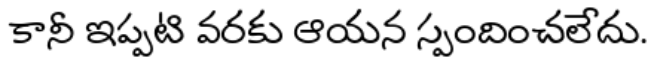
కానీ ఇప్పటి వరకు ఆయన స్పందించలేదు.